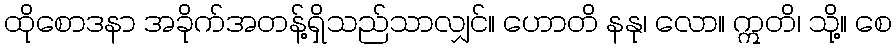
ထိုစောဒနာ အခိုက်အတန့်ရှိသည်သာလျှင်။ ဟောတိ နနု၊ လော။ ဣတိ၊ သို့။ စေ